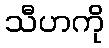
သီဟကို